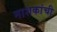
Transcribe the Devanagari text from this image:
नाशकांची